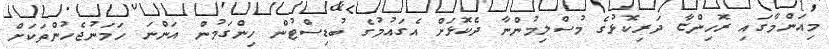
މިއަންމާގައި ރޮހިންޏާ ދަރިކޮޅުގެ މުސްލިމުންނާ ދެކޮޅަށް އެގައުމުގެ ބުޑިސްޓުން ހިންގަމުން އަންނަ ހަމަނުޖެހުންތަކަށް